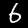
Label: 6